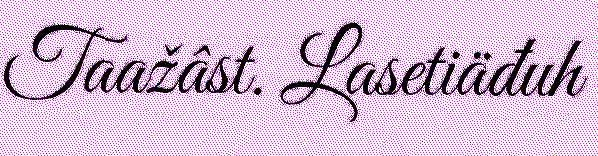
Taažâst. Lasetiäđuh